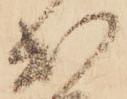
出